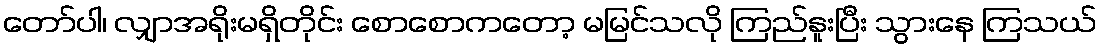
တော်ပါ၊ လျှာအရိုးမရှိတိုင်း စောစောကတော့ မမြင်သလို ကြည်နူးပြီး သွားနေ ကြသယ်